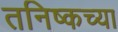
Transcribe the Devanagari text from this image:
तनिष्कच्या